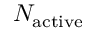
N _ { \mathrm { a c t i v e } }